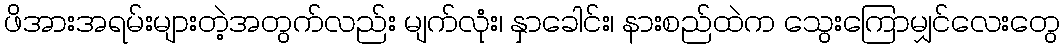
ဖိအားအရမ်းများတဲ့အတွက်လည်း မျက်လုံး၊ နှာခေါင်း၊ နားစည်ထဲက သွေးကြောမျှင်လေးတွေ